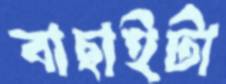
বাছাইটা